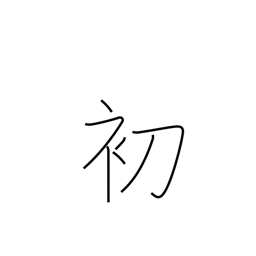
Meaning: beginning